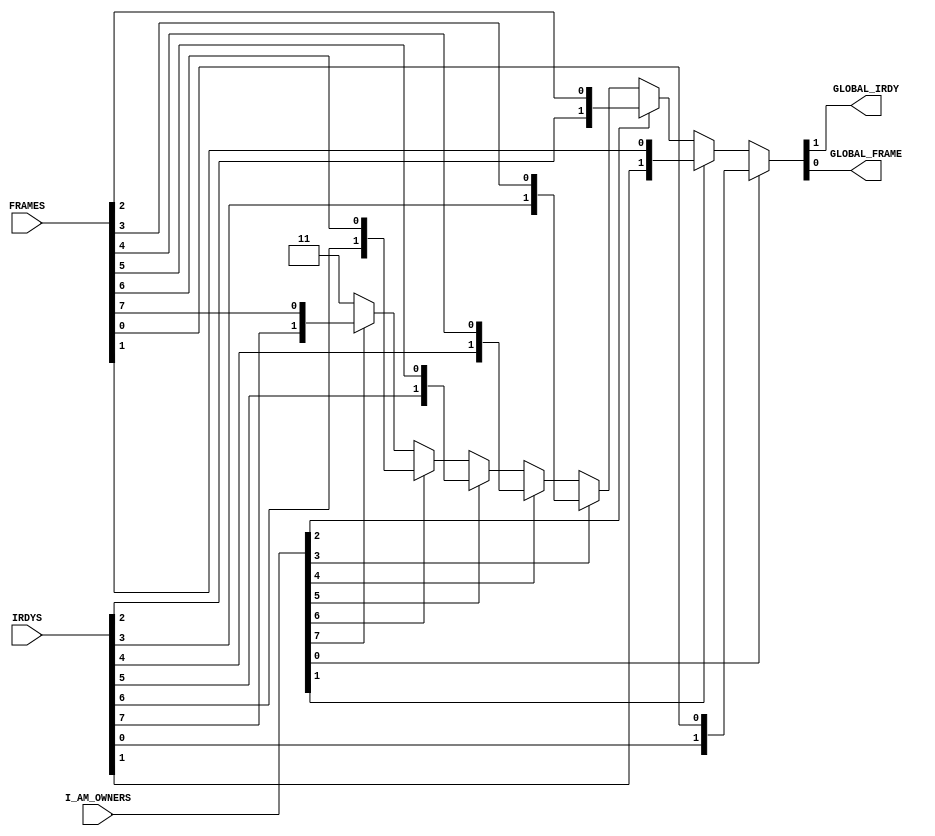
module SpecializedMux(I_AM_OWNERS,IRDYS,FRAMES,GLOBAL_IRDY,GLOBAL_FRAME);


input [7:0] I_AM_OWNERS,IRDYS,FRAMES;
output wire GLOBAL_IRDY,GLOBAL_FRAME;

assign {GLOBAL_IRDY,GLOBAL_FRAME} = 
(I_AM_OWNERS[0]) ? {IRDYS[0],FRAMES[0]} :
(I_AM_OWNERS[1]) ? {IRDYS[1],FRAMES[1]} :
(I_AM_OWNERS[2]) ? {IRDYS[2],FRAMES[2]} :
(I_AM_OWNERS[3]) ? {IRDYS[3],FRAMES[3]} :
(I_AM_OWNERS[4]) ? {IRDYS[4],FRAMES[4]} :
(I_AM_OWNERS[5]) ? {IRDYS[5],FRAMES[5]} :
(I_AM_OWNERS[6]) ? {IRDYS[6],FRAMES[6]} :
(I_AM_OWNERS[7]) ? {IRDYS[7],FRAMES[7]} : {1'b1,1'b1};



endmodule